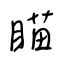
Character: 瞄